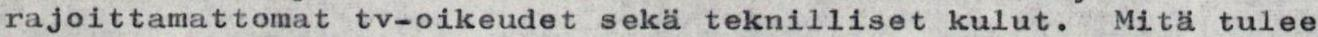
rajoittamattomat tv-oikeudet sekä teknilliset kulut. Mitä tulee